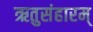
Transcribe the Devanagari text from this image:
ऋतुसंहारम्